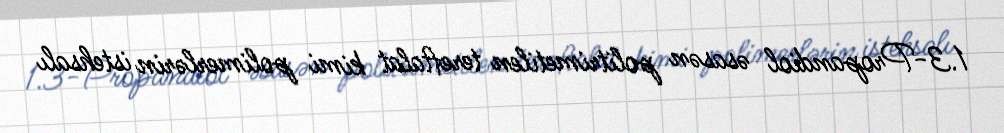
1.3-Propandiol əsasən politrimetilen tereftalat kimi polimerlərin istehsalı